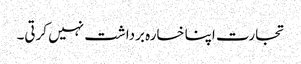
تجارت اپنا خسارہ برداشت نہیں کرتی۔